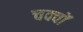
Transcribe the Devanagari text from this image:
चक्वों